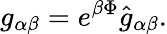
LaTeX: g_{\alpha\beta}=e^{\beta\Phi}\hat{g}_{\alpha\beta}.